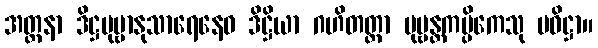
အတ္တနာ ဒိဋ္ဌပုဗ္ဗာနုသာရေနေဝ ဒိဋ္ဌိယာ ဂဟိတတ္တာ ပုဗ္ဗန္တကပ္ပိကေသု ပဝိဋ္ဌာ။